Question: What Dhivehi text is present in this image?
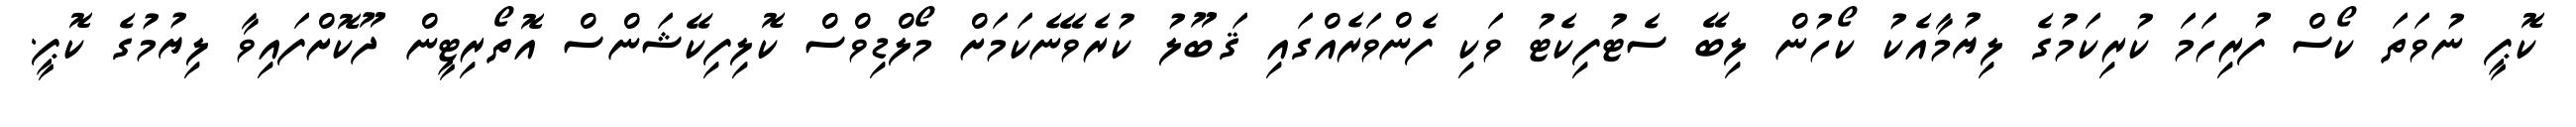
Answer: ކޮޕީ ނުވަތަ ކޯސް ފުރިހަމަ ކުރިކަމުގެ ލިޔުމާއެކު ކޯހުން ލިބޭ ސެޓުފިކެޓު ވަކި ފެންވަރެއްގައި ޤަބޫލު ކުރެވޭނެކަމަށް މޯލްޑިވްސް ކޮލިފިކޭޝަންސް އޮތޯރިޓީން ދޫކޮށްފައިވާ ލިޔުމުގެ ކޮޕީ.